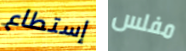
إستطاع مفلس